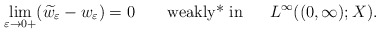
\begin{align*}\displaystyle \lim_{\varepsilon \to 0+}(\widetilde w_\varepsilon-w_\varepsilon)=0 \qquad\hbox{\rm weakly* in }\quad\ L^\infty((0,\infty);X).\end{align*}